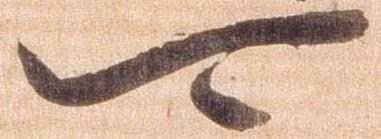
可